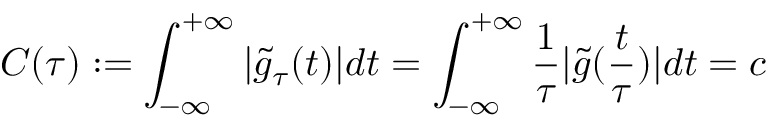
C ( \tau ) : = \int _ { - \infty } ^ { + \infty } | \tilde { g } _ { \tau } ( t ) | d t = \int _ { - \infty } ^ { + \infty } \frac { 1 } { \tau } | \tilde { g } ( \frac { t } { \tau } ) | d t = c